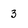
Character: 3